Bréfritari: Vilhjálmur Oddsen
Viðtakandi: Halldór Jónsson
Dagsetning: A-1875-03-18
Skrifað á: Hrappsstöðum  N-Múl.
bróðir Halldórs

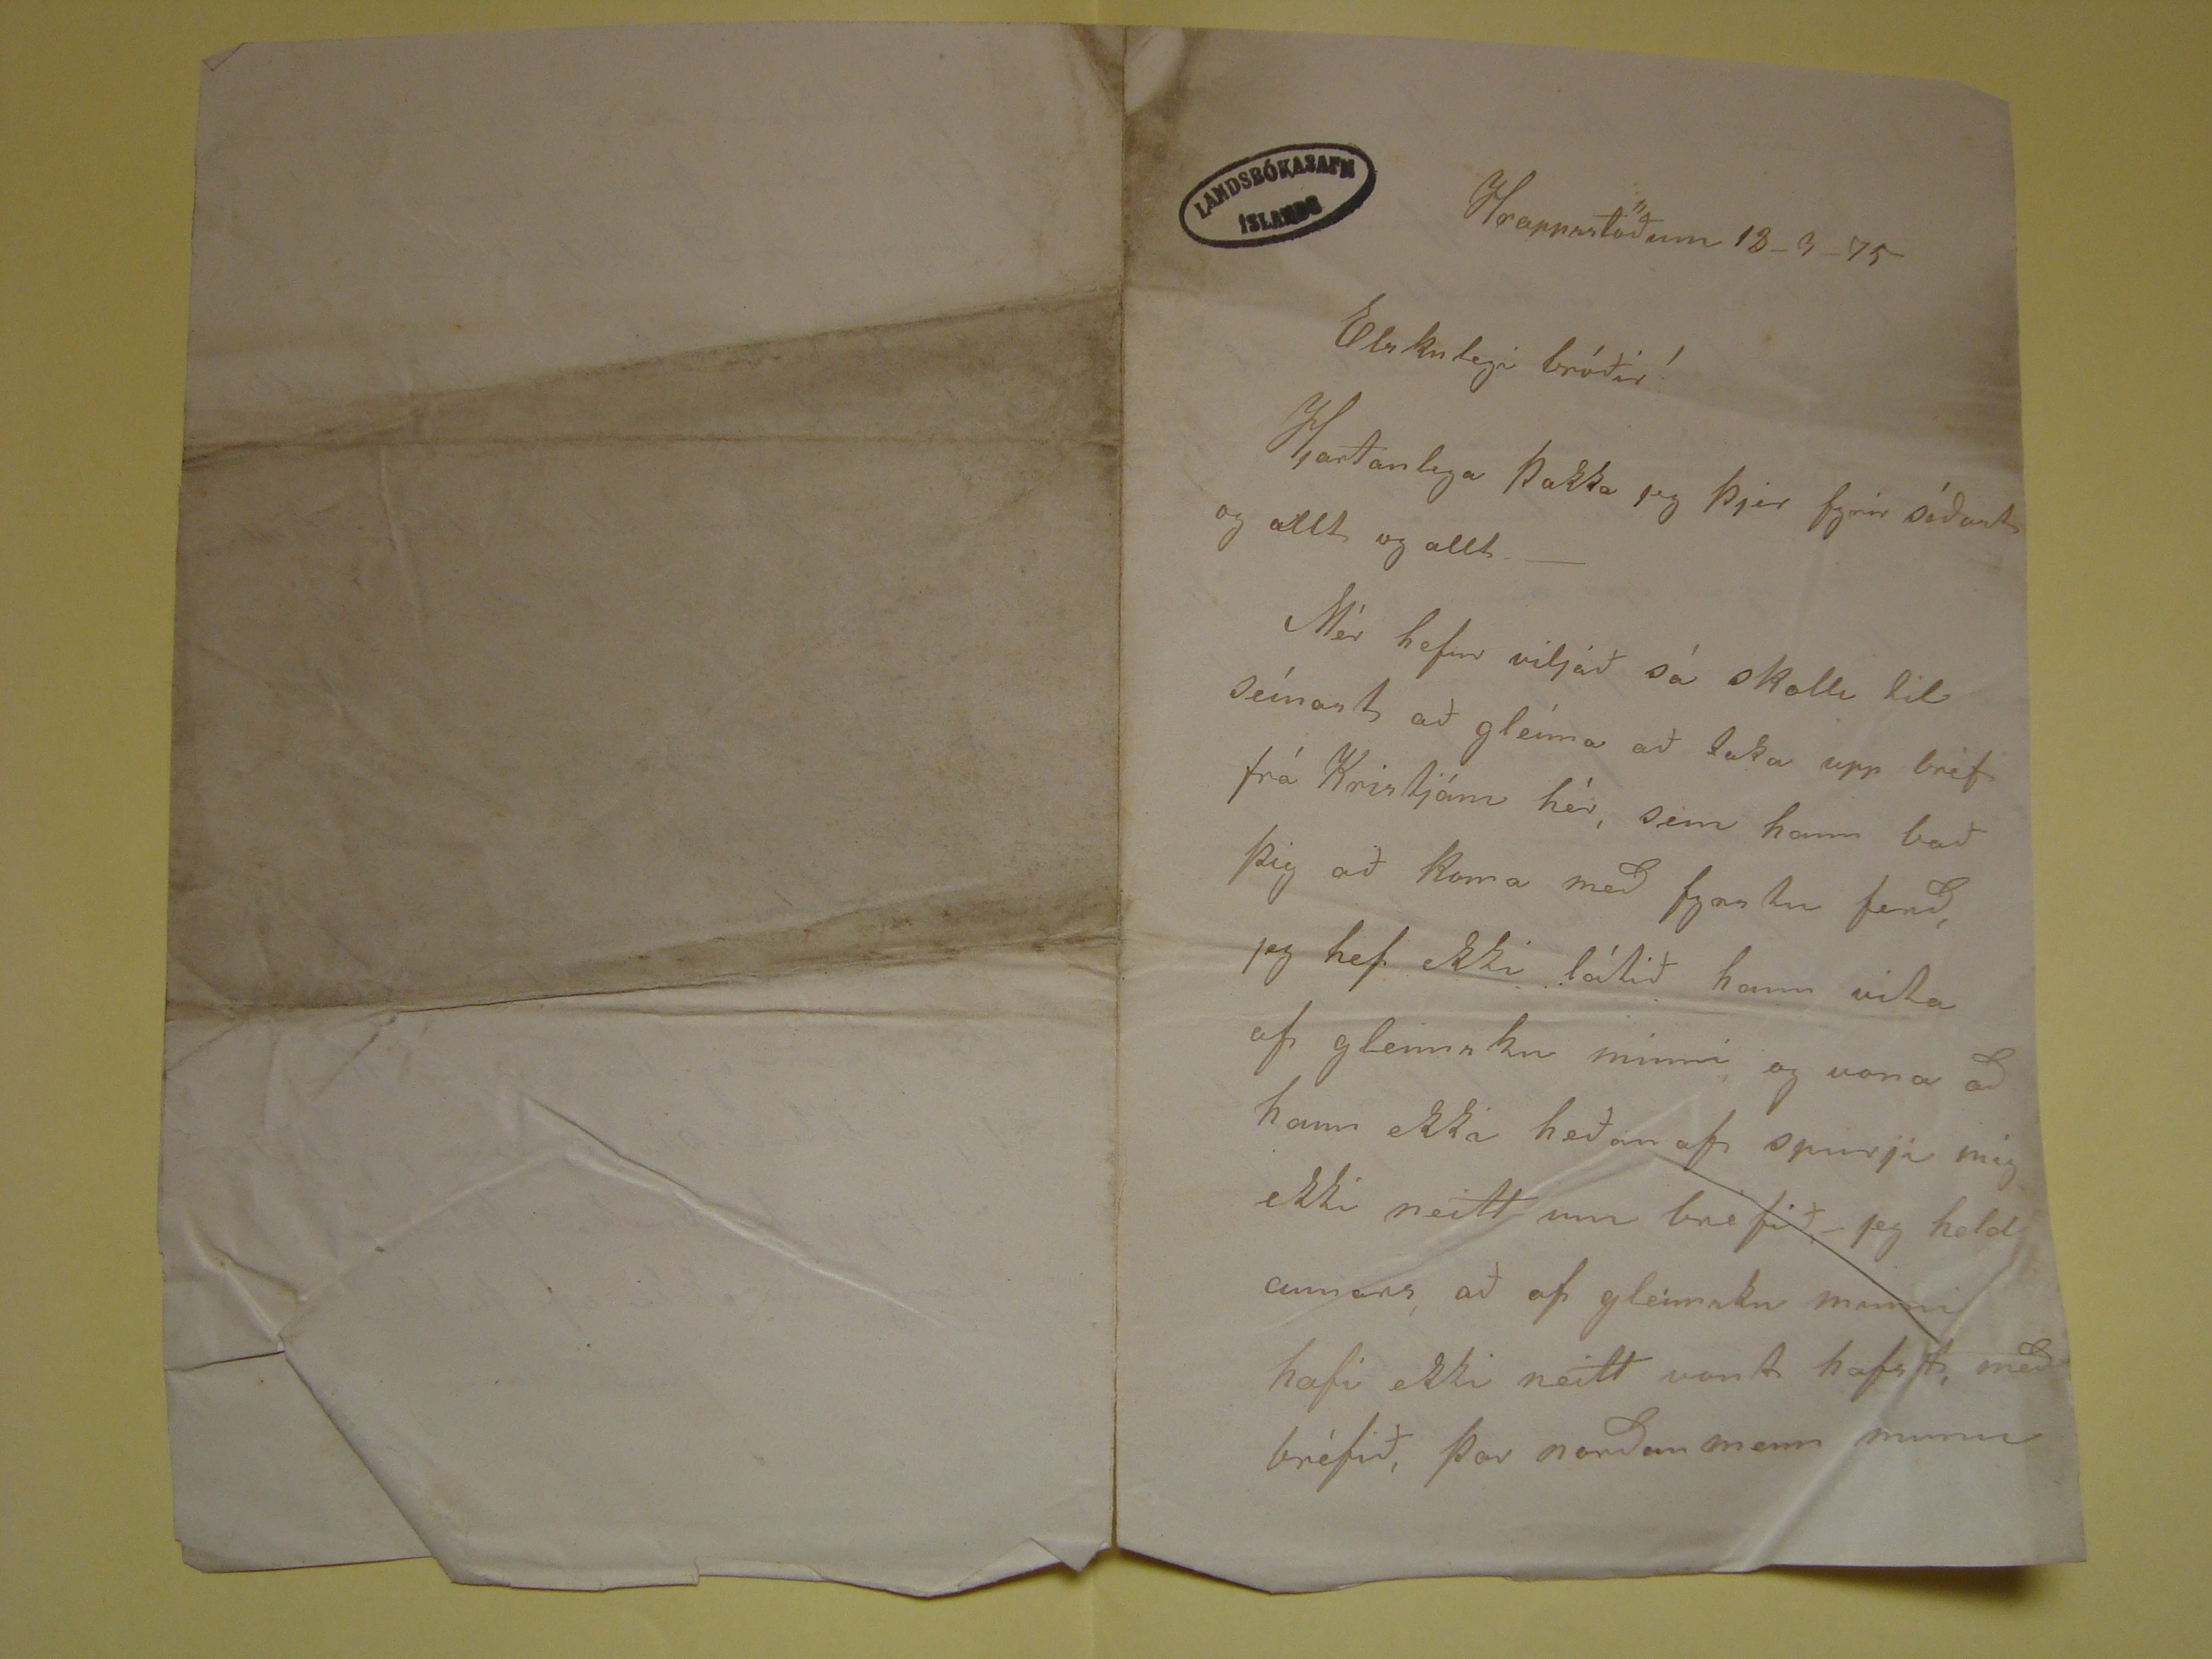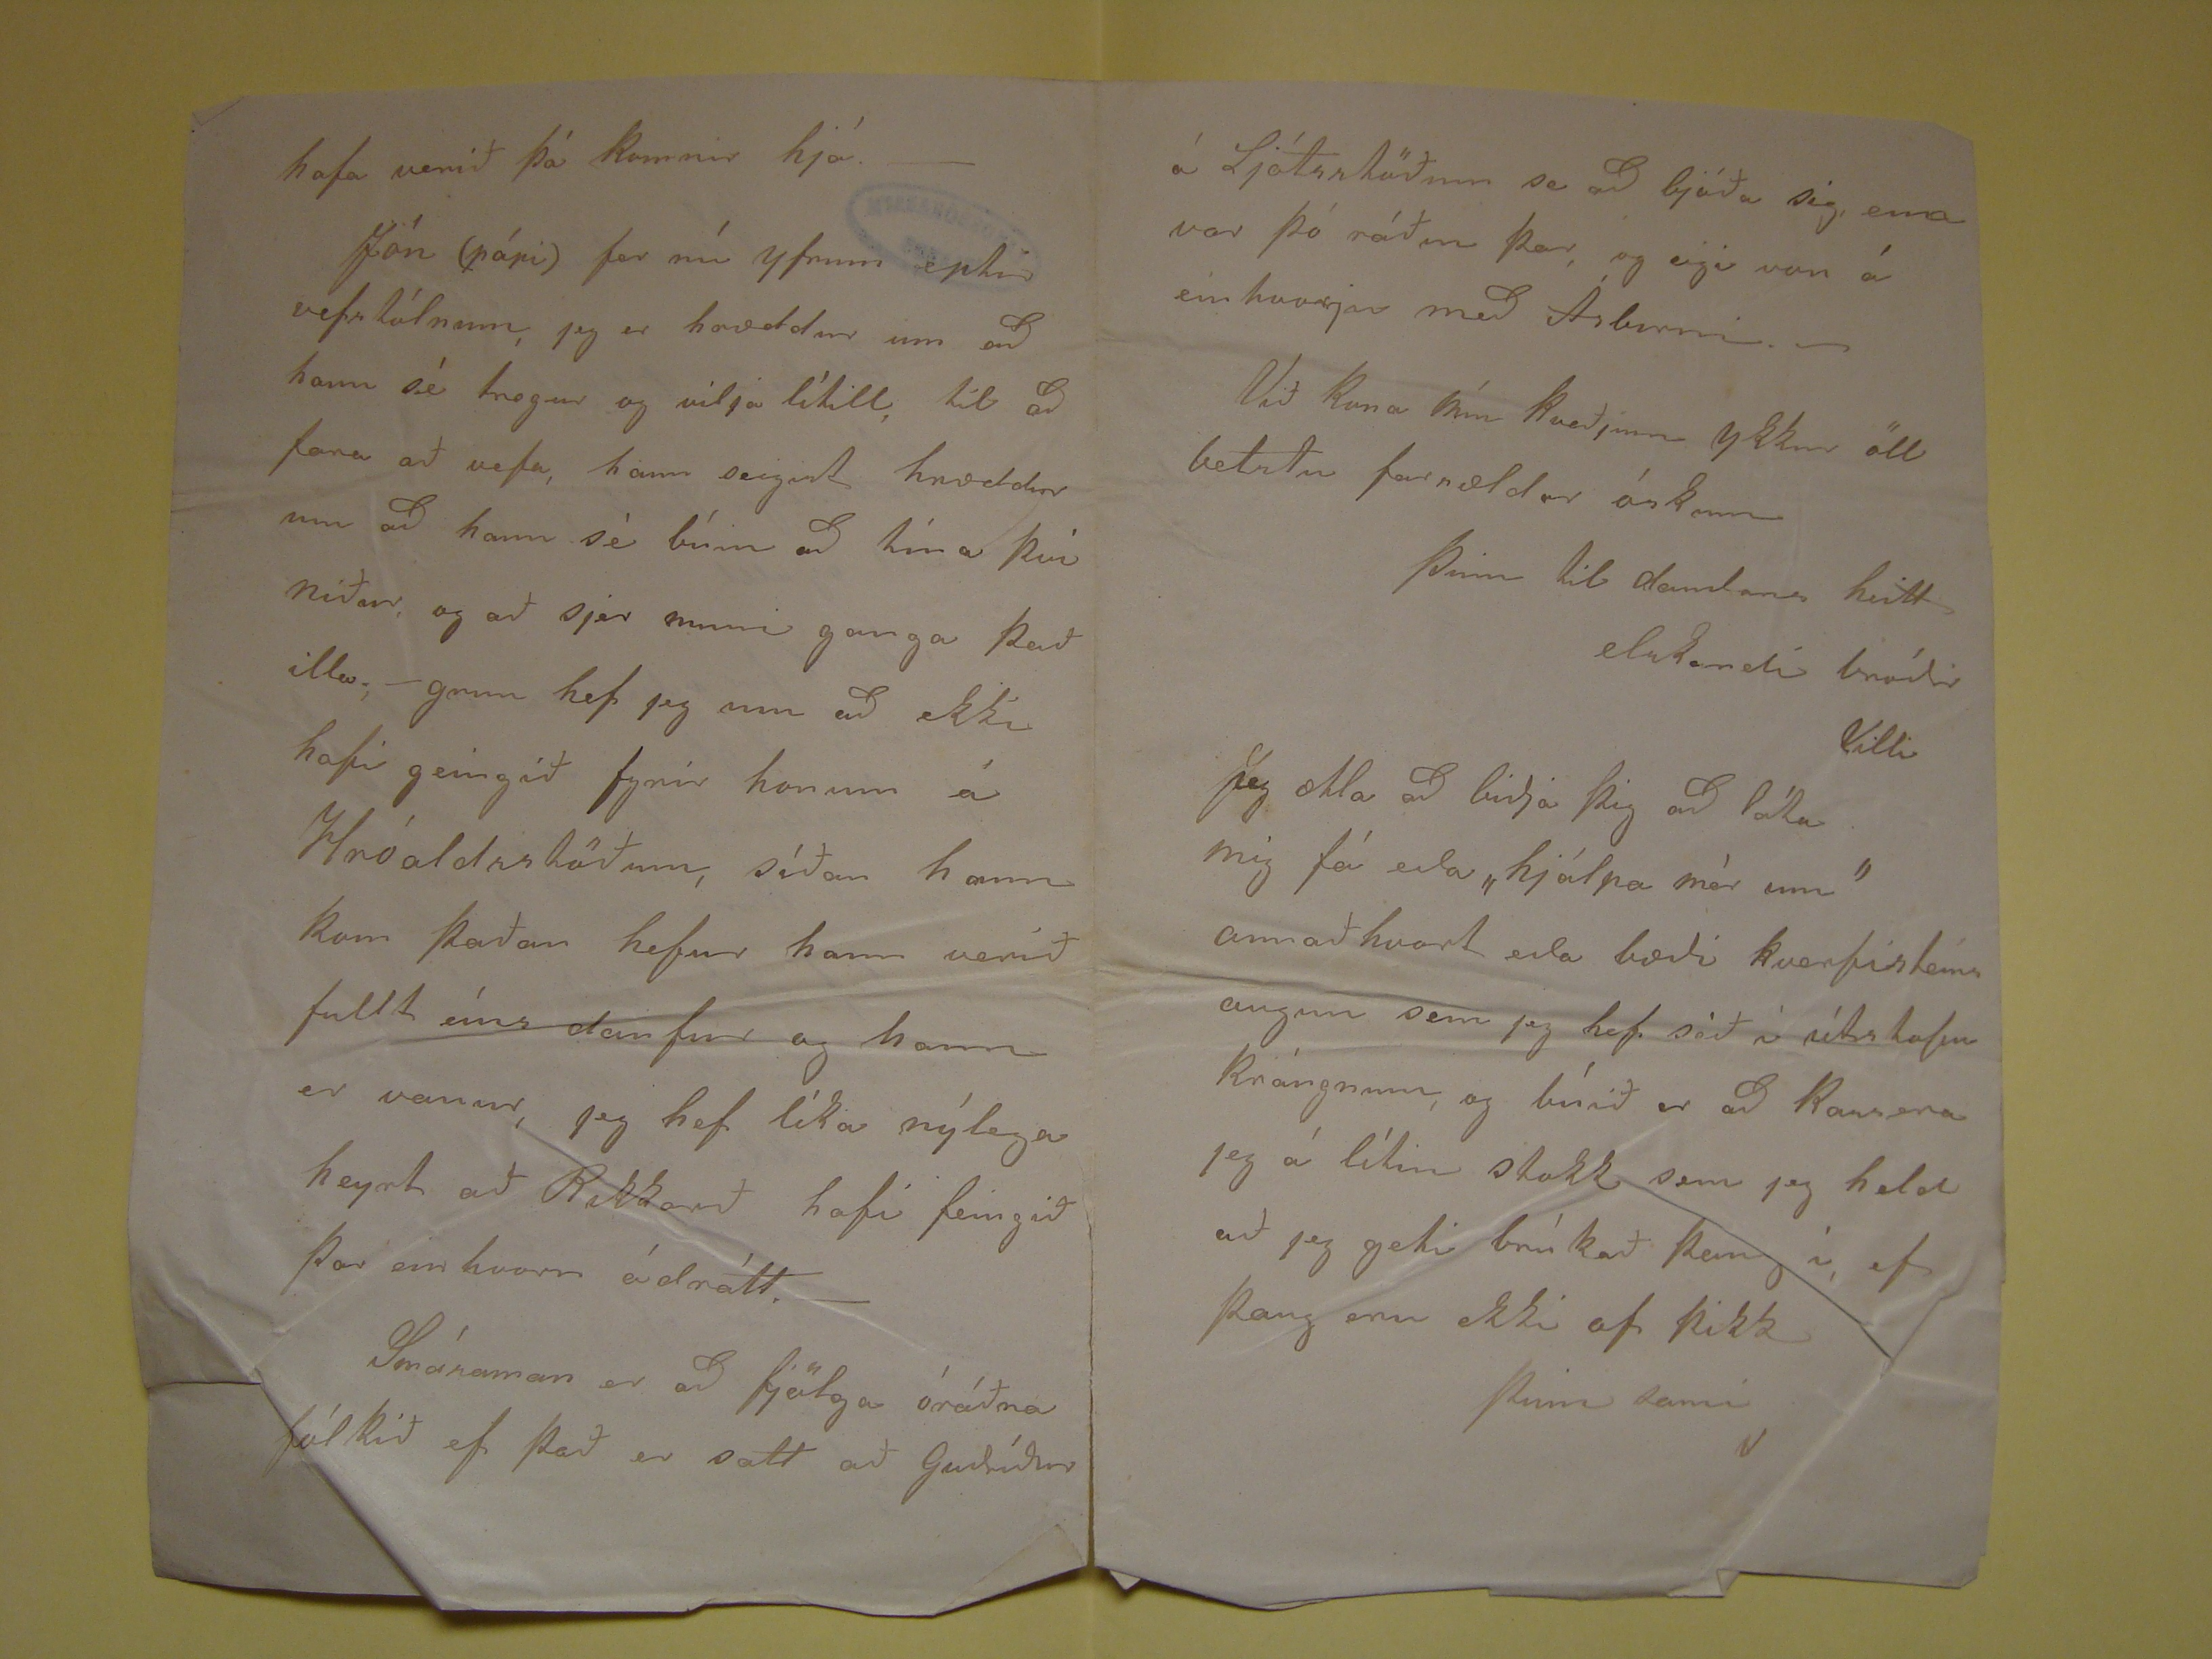

Hrappsstöðum 13-3-75
Elskulegi bróðir!
Hjartanlega þakka jeg þjer fyrir síðast og allt og allt- Mér hefur viljað sá skolli til seinast að gleima að taka upp bréf frá Kristjáni hér, sem hann bað þig að koma
með fyrstu ferð, jeg hef ekki látið hann vita af gleimsku minni og vona að hann ekki heðan af spurji mig ekki neitt um bréfið,- jeg held annars að af gleimsku minni
hafi ekki neitt vant hafst, með bréfið, þar norðan menn munu
hafa verið þá komnir hjá.- Jón (pápi) fer nú yfrum eptir vefstólnum, jeg er hræddur um að hann sé tregur og vilji lítill, til að fara að vefa, hann seigist hræddur
um að hann sé búin að tína því niður, og að sjer muni ganga það illa.- grun hefi jeg um að ekki hafi geingið fyrir honum á Hróaldsstöðum, síðan hann kom
þaðan eíns daufur og hann er vanur, jeg hef líka nýlega heyrt að Rikkart hafi feingið þar einhvorn ódrátt.- Smámsaman er að fjölga óráðna fólkið ef það er satt að
Guðríður
á Ljótsstöðum se að bjóða sig, eina vor þó ráðin þar, og eigi von á einhverju með Ásbirni.- Við kona mín kveðjum ykkur öll betstu farsældar óskum
Þinn til dauðans heitt elskandi bróðir
Villi
Jeg ætla að biðja þig að láta mig fá eða "hjálpa mér um" annað hvort eða bæði kverfisteins augun sem jeg haf séð í
útistofu
krángnum,
og búið er að Rassera jeg á lítin stokk sem jeg held að jeg geti brúkað þannig í ef þaug eru ekki of þikk
þinn sami
V